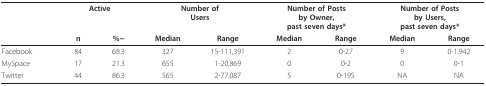
<table><thead><tr><td></td><td colspan="2"><b>Active</b></td><td colspan="2"><b>Number ofUsers</b></td><td colspan="2"><b>Number of Postsby Owner,past seven days*</b></td><td colspan="2"><b>Number of Postsby Users,past seven days*</b></td></tr><tr><td></td><td><b>n</b></td><td><b>%~</b></td><td><b>Median</b></td><td><b>Range</b></td><td><b>Median</b></td><td><b>Range</b></td><td><b>Median</b></td><td><b>Range</b></td></tr></thead><tbody><tr><td>Facebook</td><td>84</td><td>68.3</td><td>327</td><td>15-111,391</td><td>2</td><td>0-27</td><td>9</td><td>0-1,942</td></tr><tr><td>MySpace</td><td>17</td><td>21.3</td><td>655</td><td>1-20,869</td><td>0</td><td>0-2</td><td>0</td><td>0-1</td></tr><tr><td>Twitter</td><td>44</td><td>86.3</td><td>565</td><td>2-77,087</td><td>5</td><td>0-195</td><td>NA</td><td>NA</td></tr></tbody></table>